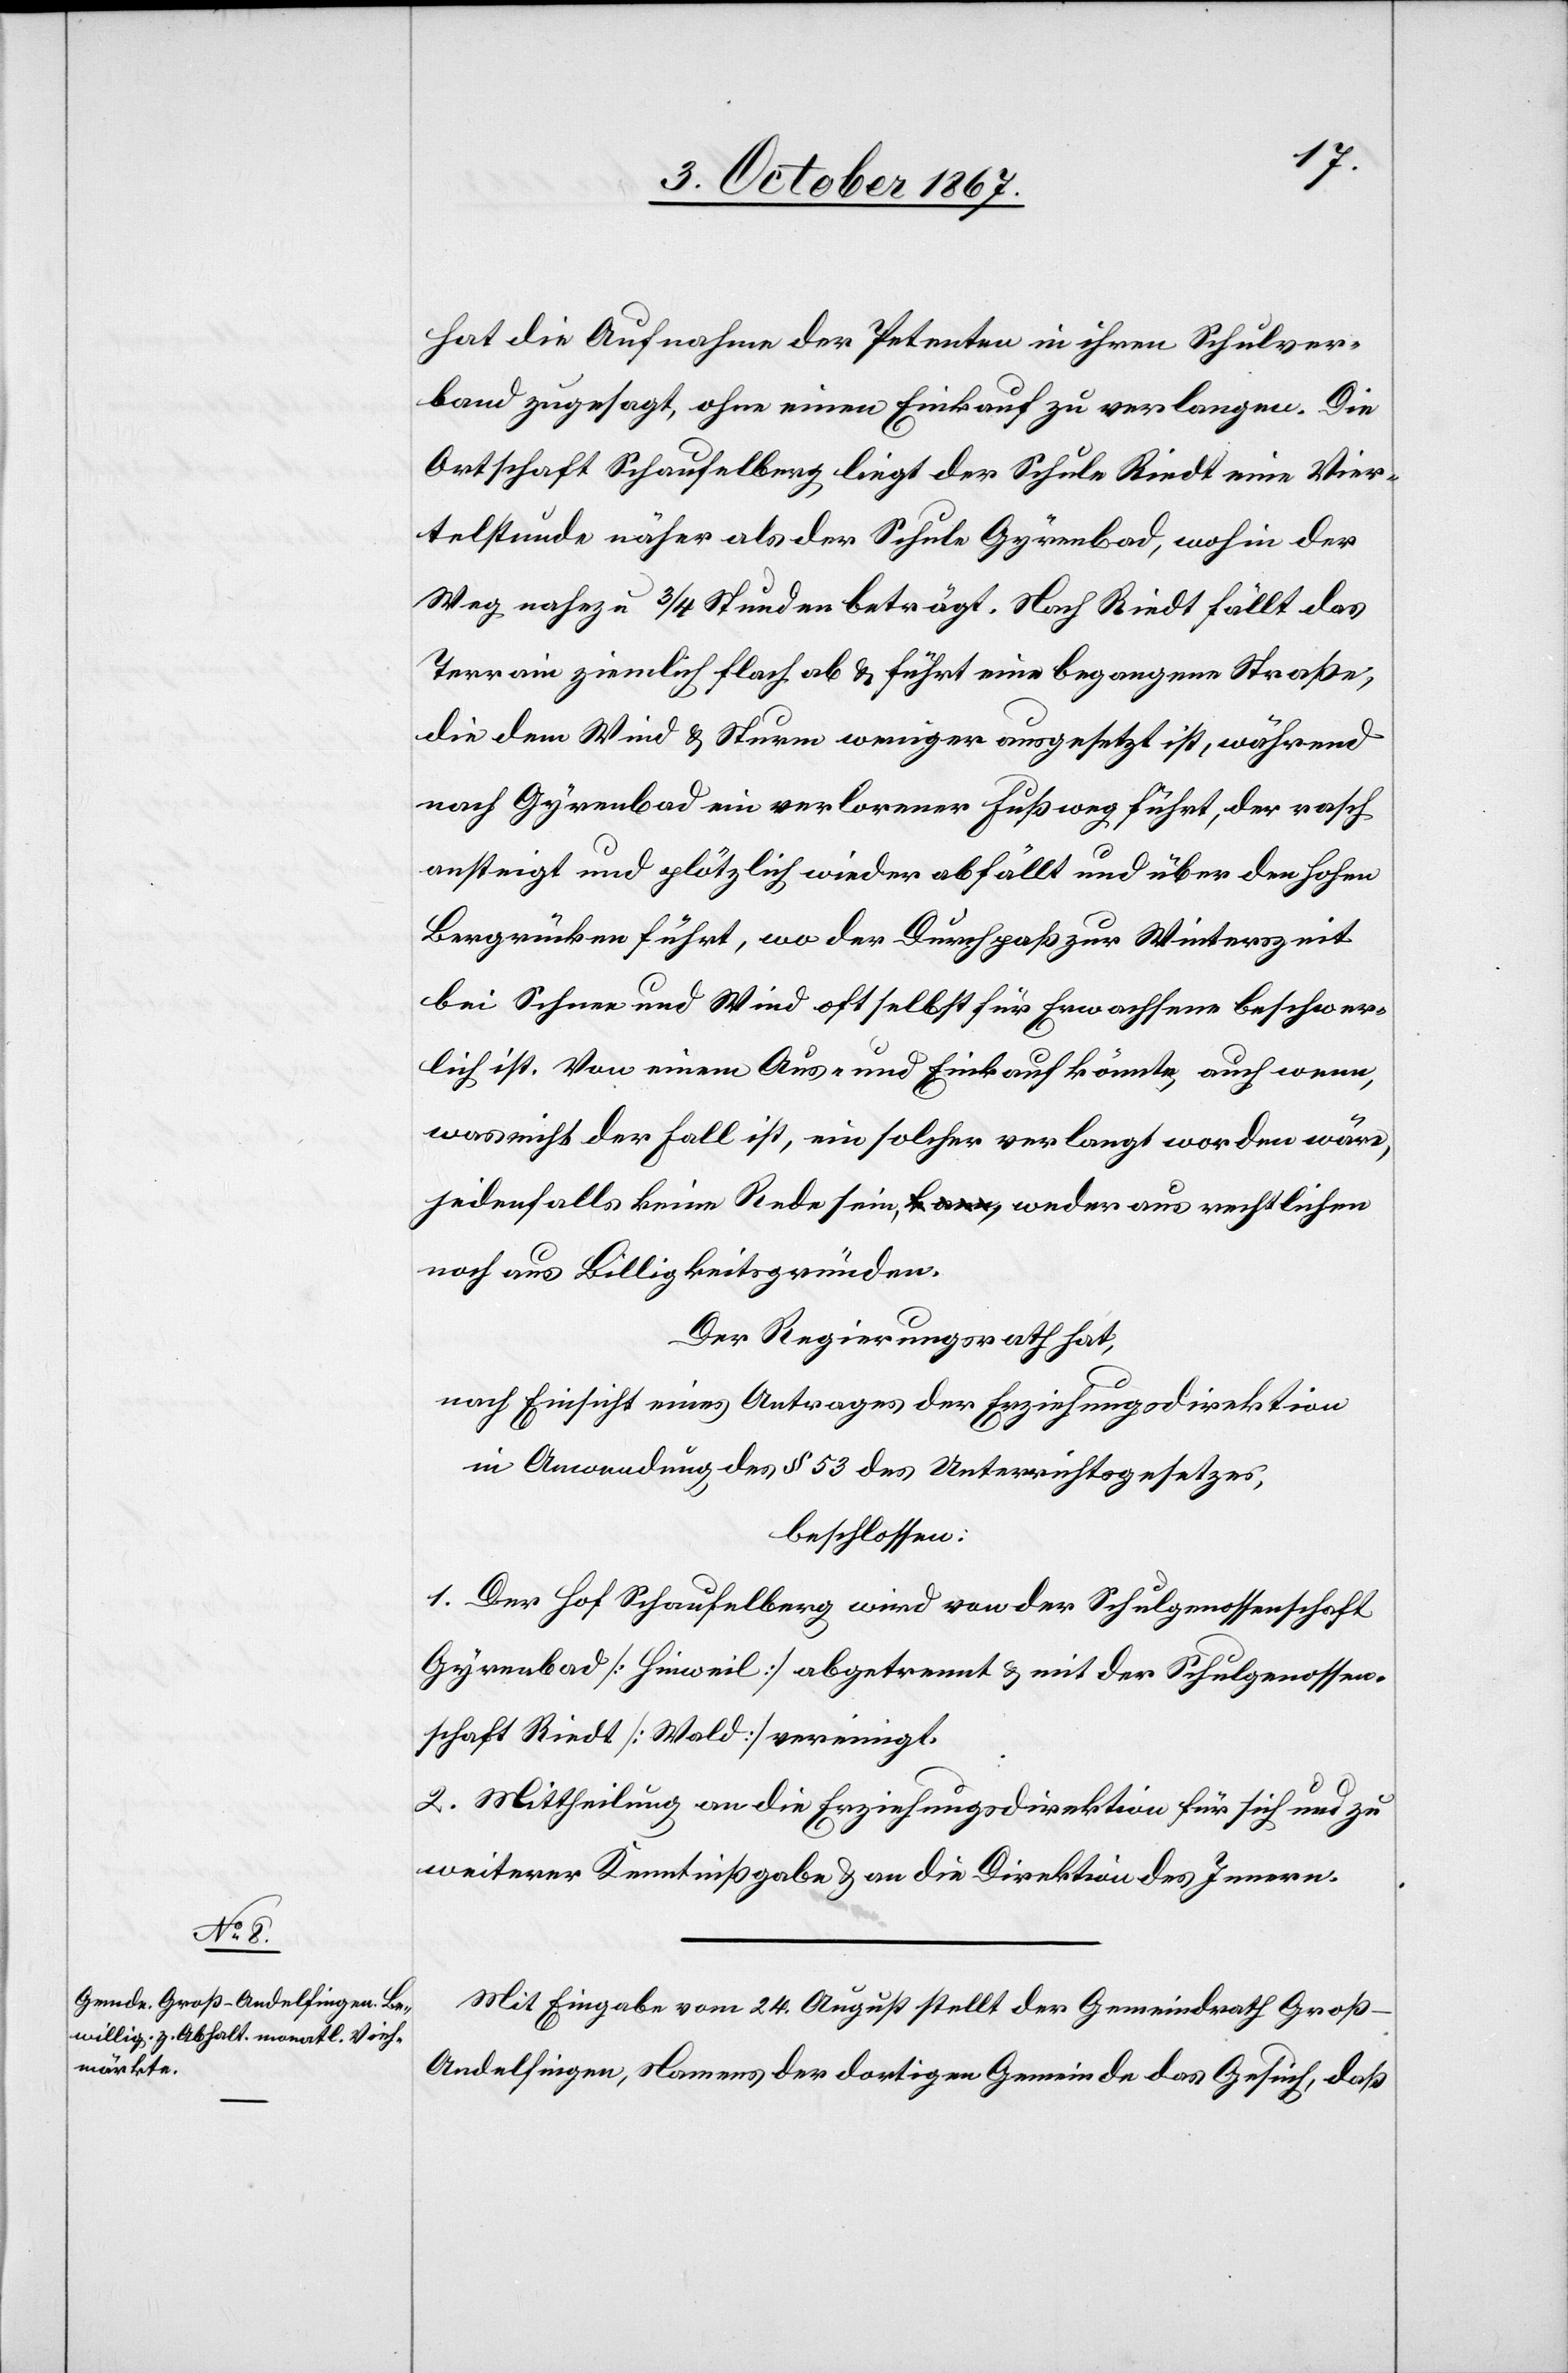
Mit Eingabe vom 24. August stellt der Gemeindrath Gro¬
ß-Andelfingen, Namens der dortigen Gemeinde das Gesuch, daß